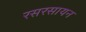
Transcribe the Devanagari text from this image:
रसरसायन